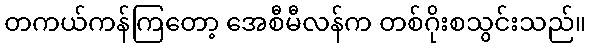
တကယ်ကန်ကြတော့ အေစီမီလန်က တစ်ဂိုးစသွင်းသည်။